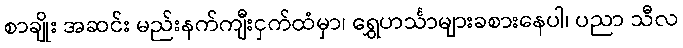
စာချိုး အဆင်း မည်းနက်ကျီးငှက်ထံမှာ၊ ရွှေဟင်္သာများခစားနေပါ၊ ပညာ သီလ